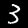
Digit: 3